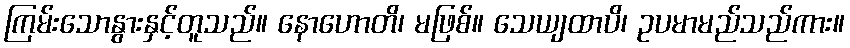
ကြမ်းသောနွားနှင့်တူသည်။ နောဟောတိ၊ မဖြစ်။ သေယျထာပိ၊ ဥပမာမည်သည်ကား။